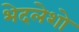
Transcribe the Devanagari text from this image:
भेदलेशो